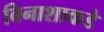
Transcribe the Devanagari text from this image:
विनाशाकडे